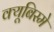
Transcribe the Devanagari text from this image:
क्यूबिस्मे